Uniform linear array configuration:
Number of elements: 16
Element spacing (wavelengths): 0.25
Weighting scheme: binomial
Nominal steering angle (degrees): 60
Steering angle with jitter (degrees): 60.778
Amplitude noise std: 0.05
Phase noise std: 0.05

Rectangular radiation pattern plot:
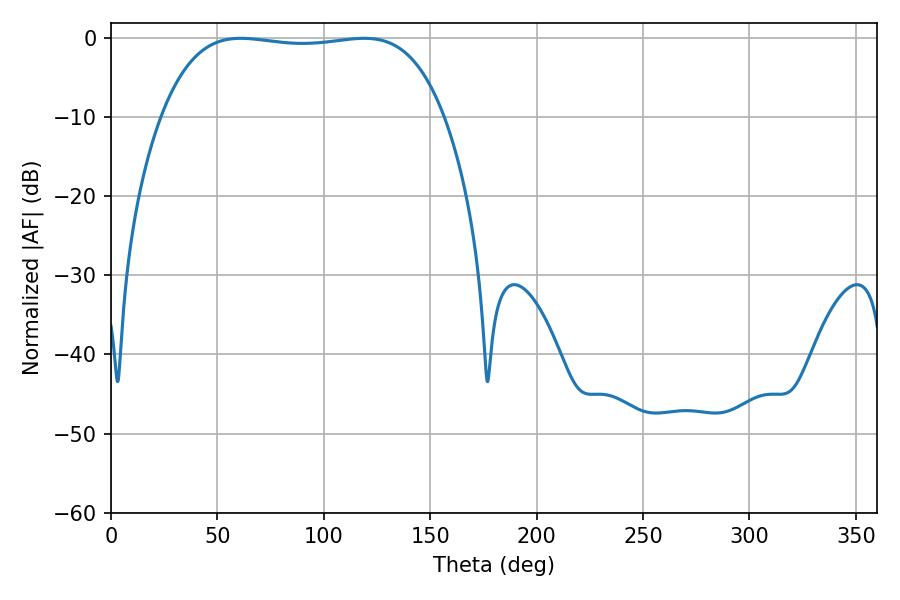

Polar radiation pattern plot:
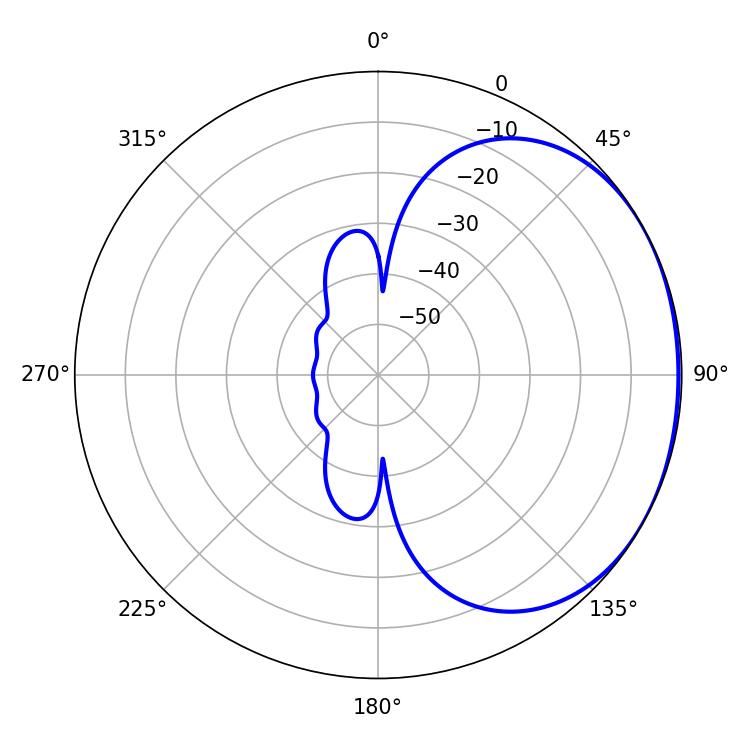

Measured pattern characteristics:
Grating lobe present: FALSE
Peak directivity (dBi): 1.256
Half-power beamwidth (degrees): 105.12
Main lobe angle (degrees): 61.02